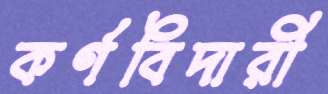
কর্ণবিদারী